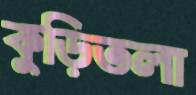
কুড়িতলা